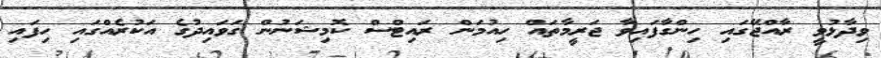
ވިދާޅުވީ ރާއްޖޭގައި ހިންގާފައިވާ ޖަރީމާތައް ހިއުމަން ރައިޓްސް ކޮމިޝަނުން ގަވައިދުގެ އަކުރެއްގައި ހިފައި